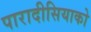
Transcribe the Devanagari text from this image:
पारादीसियाको